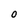
Character: O